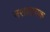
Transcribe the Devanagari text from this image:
नशादायक